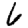
Digit: 6